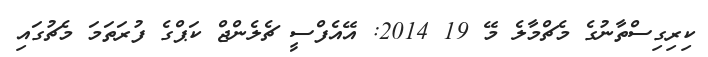
ކިރިގިސްތާނުގެ މެޗްމާލެ މޭ 19 2014: އޭއެފްސީ ޗެލެންޖް ކަޕްގެ ފުރަތަމަ މެޗުގައި